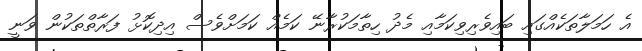
އެ ހަމަލާތަކެއްގައި ބައިވެރިވިކަމާއި މެދު ހިތާމަކުރާނޭ ކަމެއް ކަމަށްވެސް އިދިކޮޅު ފަރާތްތަކުން ވަނީ